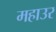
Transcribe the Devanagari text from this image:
महाउर